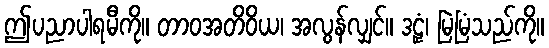
ဤပညာပါရမီကို။ တာဝအတိဝိယ၊ အလွန်လျှင်။ ဒဠှံ၊ မြဲမြံသည်ကို။